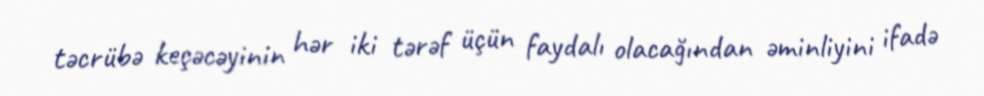
təcrübə keçəcəyinin hər iki tərəf üçün faydalı olacağından əminliyini ifadə